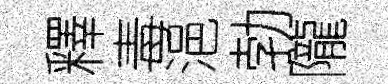
釋毒浥勃隴